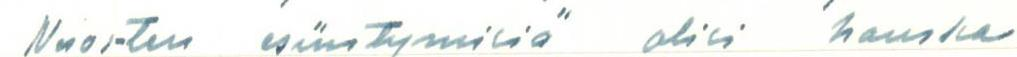
Nuorten esiintymisiä olisi hauska